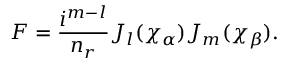
F = \frac { i ^ { m - l } } { n _ { r } } J _ { l } ( \chi _ { \alpha } ) J _ { m } ( \chi _ { \beta } ) .